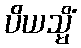
ပိယသ္မိံ